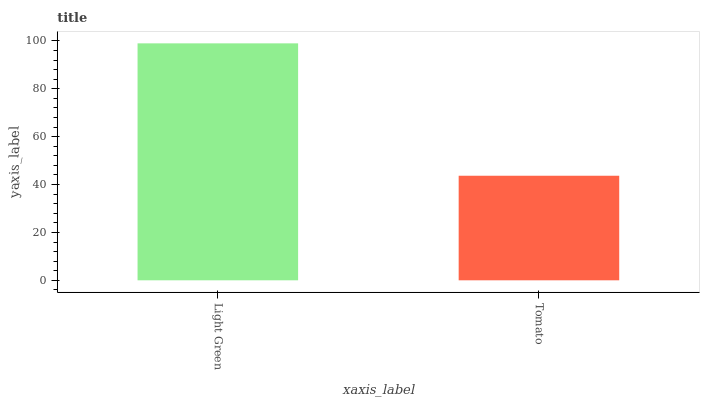
| xaxis_label | bars |
 | --- | --- |
 | Light Green | 99 |
 | Tomato | 43.7 |